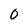
Character: 0